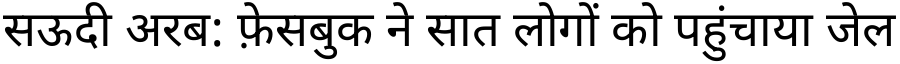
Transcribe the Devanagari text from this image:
सऊदी अरब: फ़ेसबुक ने सात लोगों को पहुंचाया जेल